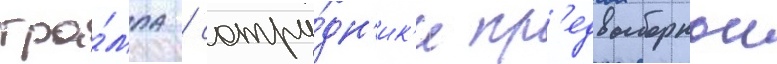
тра́мпа / сотру́дн'ик'и пр'едвыборнои